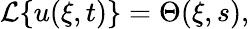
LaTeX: \begin{array}{r}{\mathcal{L}\{ u(\xi,t)\} =\Theta(\xi,s),}\end{array}